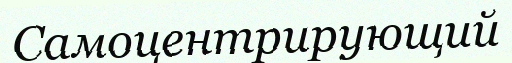
Самоцентрирующий